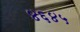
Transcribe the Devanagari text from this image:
४६४५